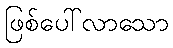
ဖြစ်ပေါ်လာသော